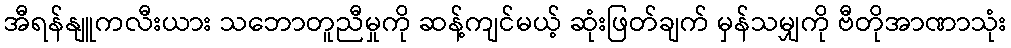
အီရန်နျူကလီးယား သဘောတူညီမှုကို ဆန့်ကျင်မယ့် ဆုံးဖြတ်ချက် မှန်သမျှကို ဗီတိုအာဏာသုံး